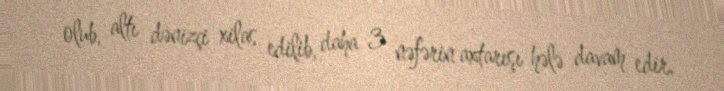
olub, altı dənizçi xilas edilib, daha 3 nəfərin axtarışı hələ davam edir.